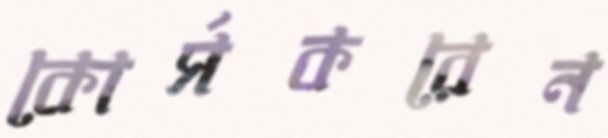
কোর্সকরেন